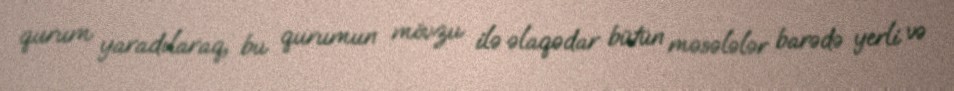
qurum yaradılaraq, bu qurumun mövzu ilə əlaqədar bütün məsələlər barədə yerli və